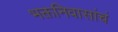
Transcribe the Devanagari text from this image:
भक्तनिवासांचं